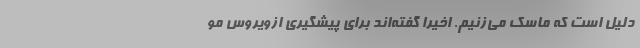
دلیل است که ماسک می‌زنیم. اخیراً گفته‌اند برای پیشگیری ازویروس مو